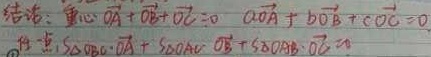
结论：重心满足\(\overrightarrow{OA}+\overrightarrow{OB}+\overrightarrow{OC}=0\)，\(a\overrightarrow{OA}+b\overrightarrow{OB}+c\overrightarrow{OC}=0\)（注：\(S_{\triangle OBC}\cdot\overrightarrow{OA}+S_{\triangle OAC}\cdot\overrightarrow{OB}+S_{\triangle OAB}\cdot\overrightarrow{OC}=0\)）